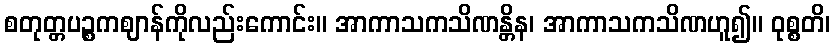
စတုတ္တပဉ္စကဈာန်ကိုလည်းကောင်း။ အာကာသကသိဏန္တိန၊ အာကာသကသိဏဟူ၍။ ဝုစ္စတိ၊